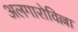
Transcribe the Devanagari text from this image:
अलगारोविल्ला